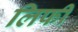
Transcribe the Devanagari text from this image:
लिफी